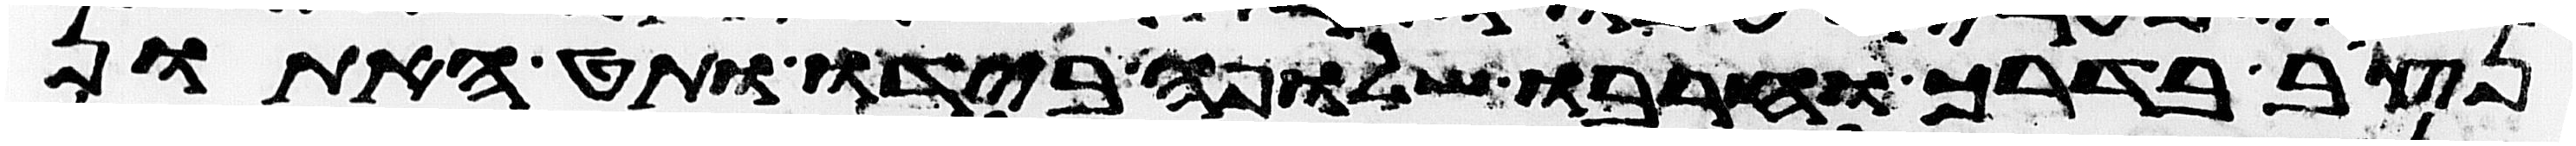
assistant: נצב בדרך וחרבו שלופה בידו ותט האתון